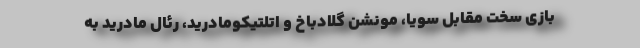
بازی سخت مقابل سویا، مونشن گلادباخ و اتلتیکومادرید، رئال مادرید به